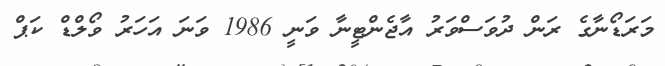
މަރަޑޯނާގެ ރަން ދުވަސްވަރު އާޖެންޓީނާ ވަނީ 1986 ވަނަ އަހަރު ވޯލްޑް ކަޕް